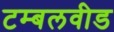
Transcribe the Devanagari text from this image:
टम्बलवीड